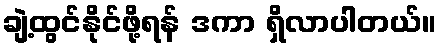
ချဲ့ထွင်နိုင်ဖို့ရန် ဒကာ ရှိလာပါတယ်။